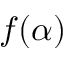
f ( \alpha )